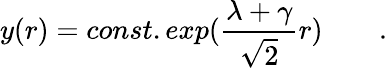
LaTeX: y(r)=const.exp({\frac{\lambda+\gamma}{\sqrt 2}}r)\qquad.